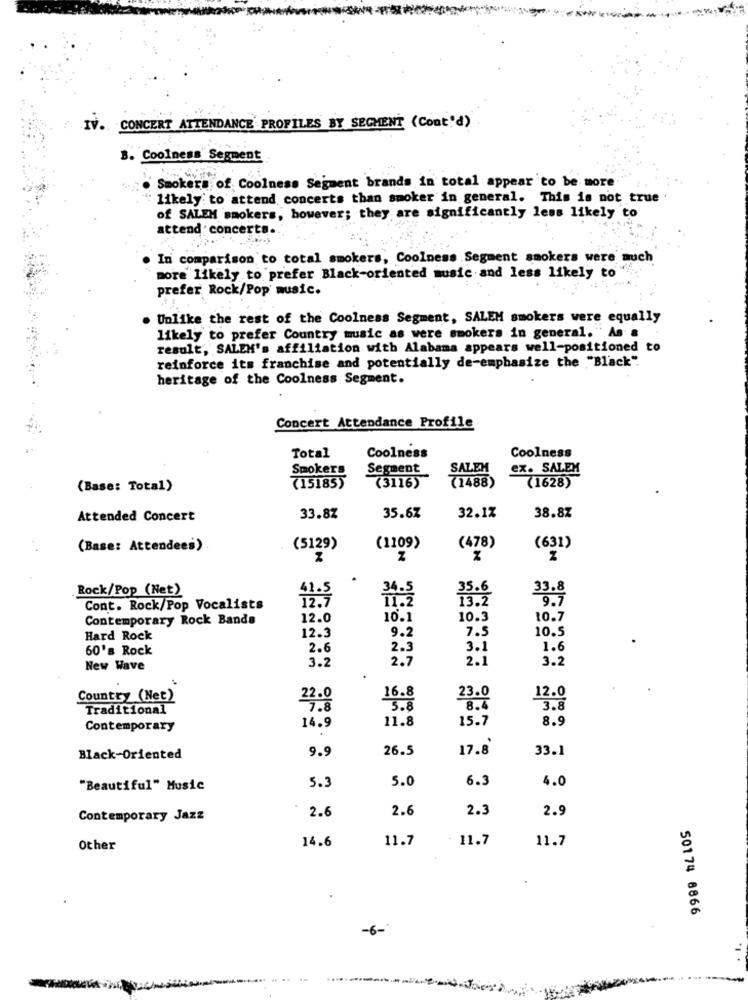
IV. CONCERT ATTENDANCE PROFILES BY SEGMENT (Cont'd)
B. Coolness" Segment
Smokers of Coolness Segment brands in total appear to be more
likely to attend concerts than smoker in general. This is not true
of SALEM smokers, however; they are significantly less likely to
attend concerts ..
In comparison to total smokers, Coolness Segment smokers were auch
more likely to prefer Black-oriented music and less likely to"
prefer Rock/Pop music.
Unlike the rest of the Coolness Segment, SALEM smokers were equally
likely to prefer Country music as were smokers in general."As #
result, SALEM's affiliation with Alabama appears well-positioned to
reinforce its franchise and potentially de-emphasize the "Black".
heritage of the Coolness Segment.
Concert Attendance Profile
Total
Coolness
Coolness
Smokers
Segment
SALEM
ex. SALEM
(3116)
(1488)
(1628)
(Base: Total)
(15185)
32.1%
Attended Concert
33.87
35.67
38.87
(478)
(Base: Attendees)
(5129)
(1109)
(631)
Z
Rock/Pop (Net)
41.5
35.6
33.8
12.7
34.5
11.2
9.7
Cont. Rock/Pop Vocalists
Contemporary Rock Bands
12.0
10.1
10.3
10.7
9.2
7.5
10.5
Hard Rock
12.3
60's Rock
2.6
2.3
3.1
1.6
2.7
2.1
3.2
New Wave
3.2
16.8
Country (Net)
22.0
23.0
12.0
Traditional
7.8
5.8
8.4
3.8
11.8
15.7
8.9
Contemporary
14.9
9.9
26.5
17.8
33.1
Black-Oriented
5.0
6.3
4.0
"Beautiful" Music
5.3
2.6
2.3
2.9
Contemporary Jazz
2.6
14.6
11.7
11.7
11.7
Other
50174 8866
-6-
.....